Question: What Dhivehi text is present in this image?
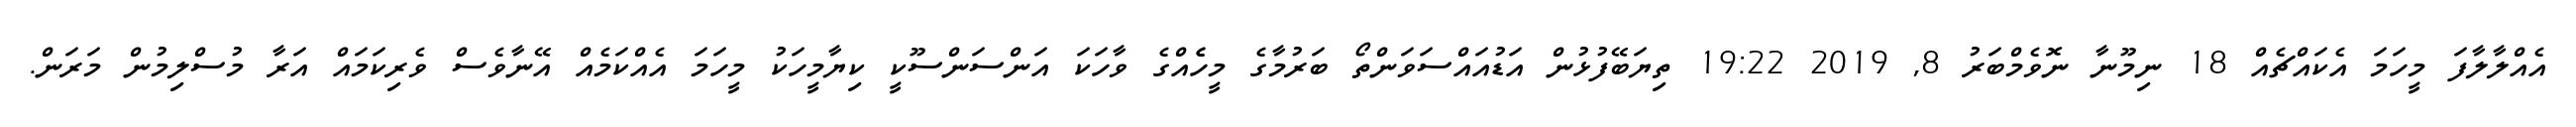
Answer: އެއްލާލާފަ މީހަމަ އެކައްޗެއް 18 ނިމޫނާ ނޮވެމްބަރު 8, 2019 19:22 ތިޔަބޭފުޅުން އަޑުއައްސަވަންތޯ ބަރުމާގެ މީހެެއްގެ ވާހަކަ އަންސަންސޫކީ ކިޔާމީހަކު މީހަމަ އެއްކަމެއް އޭނާވެސް ވެރިކަމައް އަރާ މުސްލިމުން މަރަން.